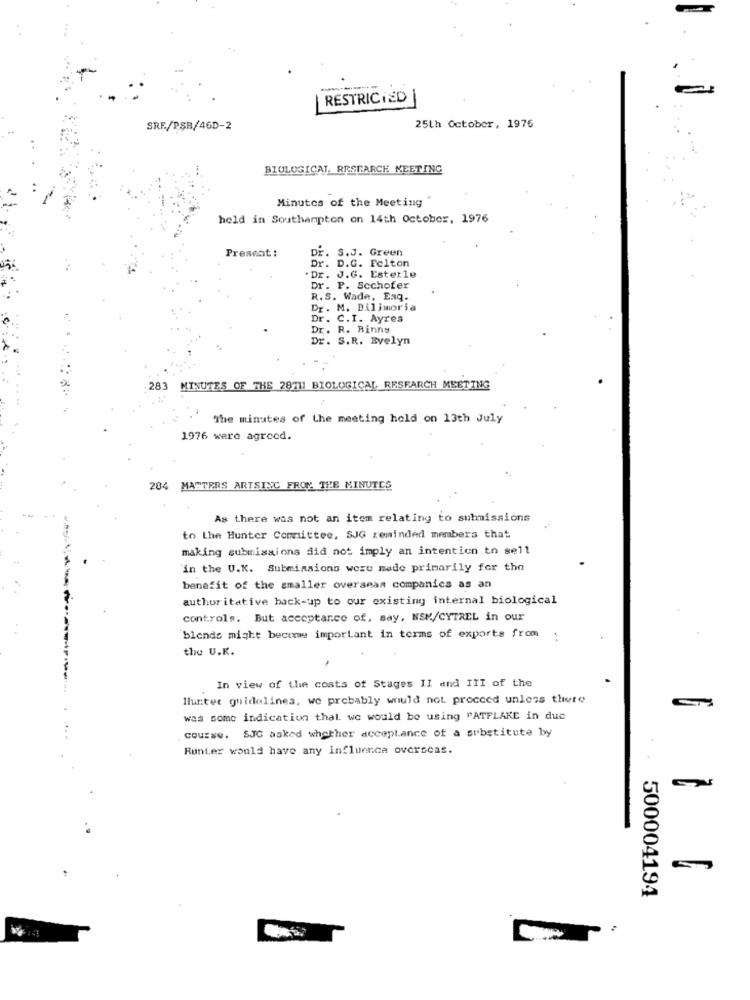
-
RESTRIC(ED)
SRE/PSB/46D-2
25th October, 1976
BIOLOGICAL, RESEARCH MEETING
Minutes of the Meeting
held in Southampton on 14th October, 1976
Dr. S.J. Green
Present :
Dr. D.G. Felton
. Dr. J.G. Esterle
Dr. P. Scchofer
R.S. Wade, Enq-
Dr. M. Bilimoria
Dr. C.I. Ayres
Dr. R. Binns
Dr. S.R. Evelyn
283 MINUTES OF THE 28711 BIOLOGICAL RESEARCH MEETING
The minutes of the meeting hold on 13th July
1976 were agreed.
284 MATTERS ARTSINC FROM THE MINUTES
As there was not an item relating to submissions
to Lhe Hunter Committee, SJG reminded members that
making submissions did not imply an intention to sell
in the U.K. Submissions were made primarily for the
benefit of the smaller overseas companies as an
authoritative back-up to our existing internal biological
controls. But acceptance of, say, NSK/CYTREL in our
blends might become important in terms of exports from :
the U.K.
In view of the costs of Stages II and III of the
Hunter guidelines, we probably would not. proceed unless there
was some indication thal. we would be using PATFLAKE in due
course. SJC asked whether acceptance of a substitute by
Runter would have any influence overseas.
500004194